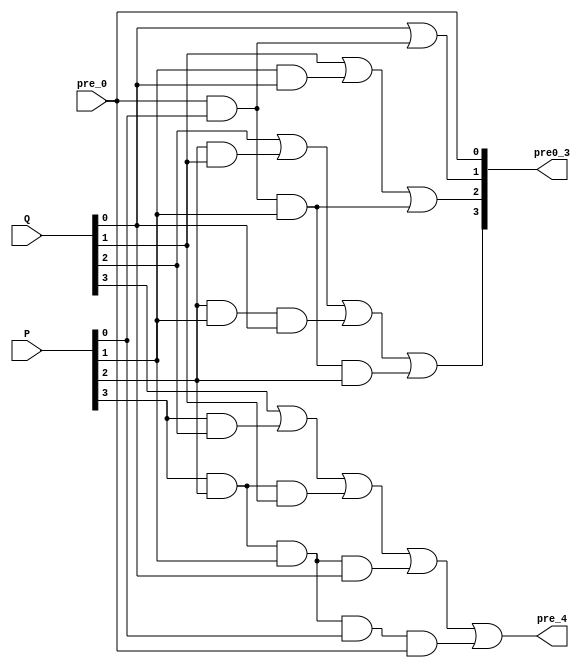
`timescale 1ns / 1ps
//////////////////////////////////////////////////////////////////////////////////
// Company: 
// Engineer: 
// 
// Design Name: 
// Module Name: get_pre
// Project Name: 
// Target Devices: 
// Tool Versions: 
// Description: 
// 
// Dependencies: 
// 
// Revision:
// Revision 0.01 - File Created
// Additional Comments:
// 
//////////////////////////////////////////////////////////////////////////////////


module get_pre(
    P,Q,pre_0,pre0_3,pre_4
    );
    input wire[3:0] P;
    input wire[3:0] Q;
    input wire pre_0;
    output wire[3:0] pre0_3;
    output wire pre_4;

    assign pre0_3[0] = pre_0;
    assign pre0_3[1] = Q[0]|(pre_0&P[0]);
    assign pre0_3[2] = Q[1]|(P[1]&Q[0])|(pre_0&P[0]&P[1]);
    assign pre0_3[3] = Q[2]|(P[2]&Q[1])|(P[2]&P[1]&Q[0])|(pre_0&P[0]&P[1]&P[2]);
    assign pre_4 = Q[3]|(P[3]&Q[2])|(P[3]&P[2]&Q[1])|(P[3]&P[2]&P[1]&Q[0])|(P[3]&P[2]&P[1]&P[0]&pre_0);
endmodule